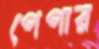
পেপার